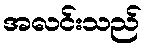
အလင်းသည်